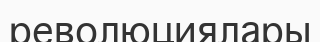
революциялары